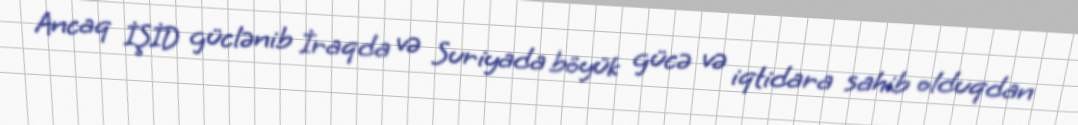
Ancaq İŞİD güclənib İraqda və Suriyada böyük gücə və iqtidara sahib olduqdan